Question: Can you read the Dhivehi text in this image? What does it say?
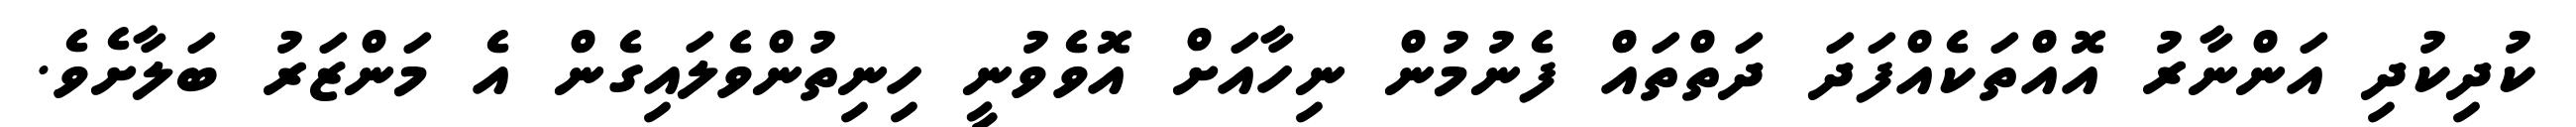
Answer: ކުދިކުދި އަންނާރު އޮއްތަކެއްފަދަ ދަތްތައް ފެނުމުން ނިހާއަށް އޮވެވުނީ ހިނިތުންވެލައިގެން އެ މަންޒަރު ބަލާށެވެ.